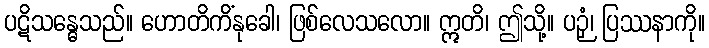
ပဋိသန္ဓေသည်။ ဟောတိကိံနုခေါ၊ ဖြစ်လေသလော။ ဣတိ၊ ဤသို့။ ပဉှံ၊ ပြဿနာကို။